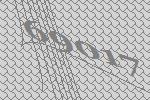
69017